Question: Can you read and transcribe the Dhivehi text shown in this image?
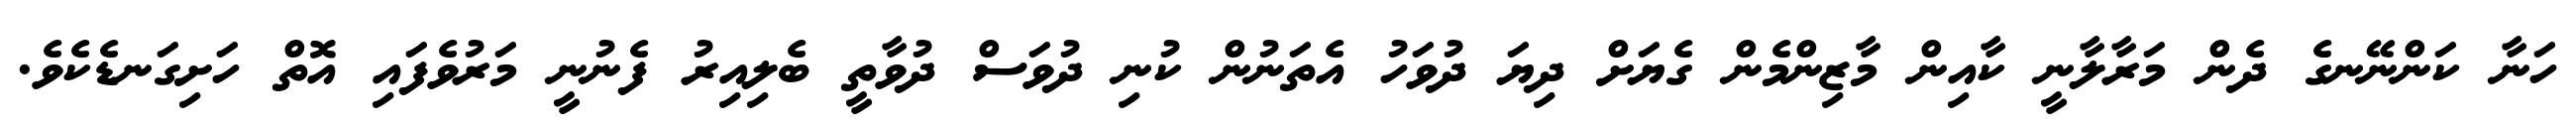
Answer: ހަނާ ކަންނޭނގެ ދެން މަރާލާނީ ކާއިން މާޒިންމެން ގެޔަށް ދިޔަ ދުވަހު އެތަނުން ކުނި ދުވަސް ދުވާތީ ބެލިއިރު ފެނުނީ މަރުވެފައި އޮތް ހަށިގަނޑެކެވެ.